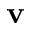
\mathbf { v }